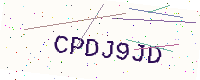
Text: CPDJ9JD